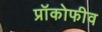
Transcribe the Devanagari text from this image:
प्रॉकोफीव